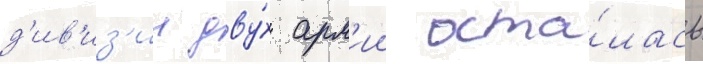
д'ив'из'ии дву́х арм'ии оста́лась